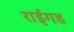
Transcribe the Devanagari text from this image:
राईगड